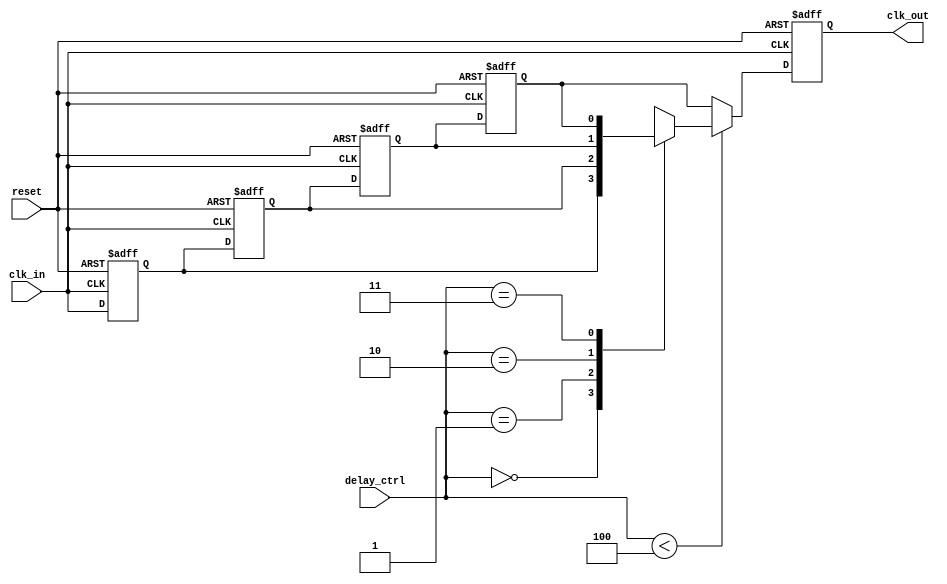
module DelayClockBuffer #(
    parameter DELAY_STAGES = 4,      // Number of delay stages
    parameter DELAY_WIDTH = 2         // Width of the delay control signal
)(
    input wire clk_in,                // Input clock signal
    input wire [DELAY_WIDTH-1:0] delay_ctrl, // Delay control signal
    input wire reset,                 // Reset signal
    output reg clk_out                // Delayed output clock signal
);

    // Internal signals for delay stages
    reg [DELAY_STAGES-1:0] delay_line [0:DELAY_STAGES-1];
    integer i;

    // Reset and delay logic
    always @(posedge clk_in or posedge reset) begin
        if (reset) begin
            // Reset all delay stages
            for (i = 0; i < DELAY_STAGES; i = i + 1) begin
                delay_line[i] <= 1'b0;
            end
            clk_out <= 1'b0; // Reset output clock
        end else begin
            // Shift the clock signal through the delay line
            delay_line[0] <= clk_in; // First stage receives the input clock
            for (i = 1; i < DELAY_STAGES; i = i + 1) begin
                delay_line[i] <= delay_line[i-1]; // Shift the clock through the stages
            end
            
            // Output the delayed clock based on the control signal
            if (delay_ctrl < DELAY_STAGES) begin
                clk_out <= delay_line[delay_ctrl]; // Select the appropriate delayed stage
            end else begin
                clk_out <= delay_line[DELAY_STAGES-1]; // If control exceeds, use max delay
            end
        end
    end

endmodule